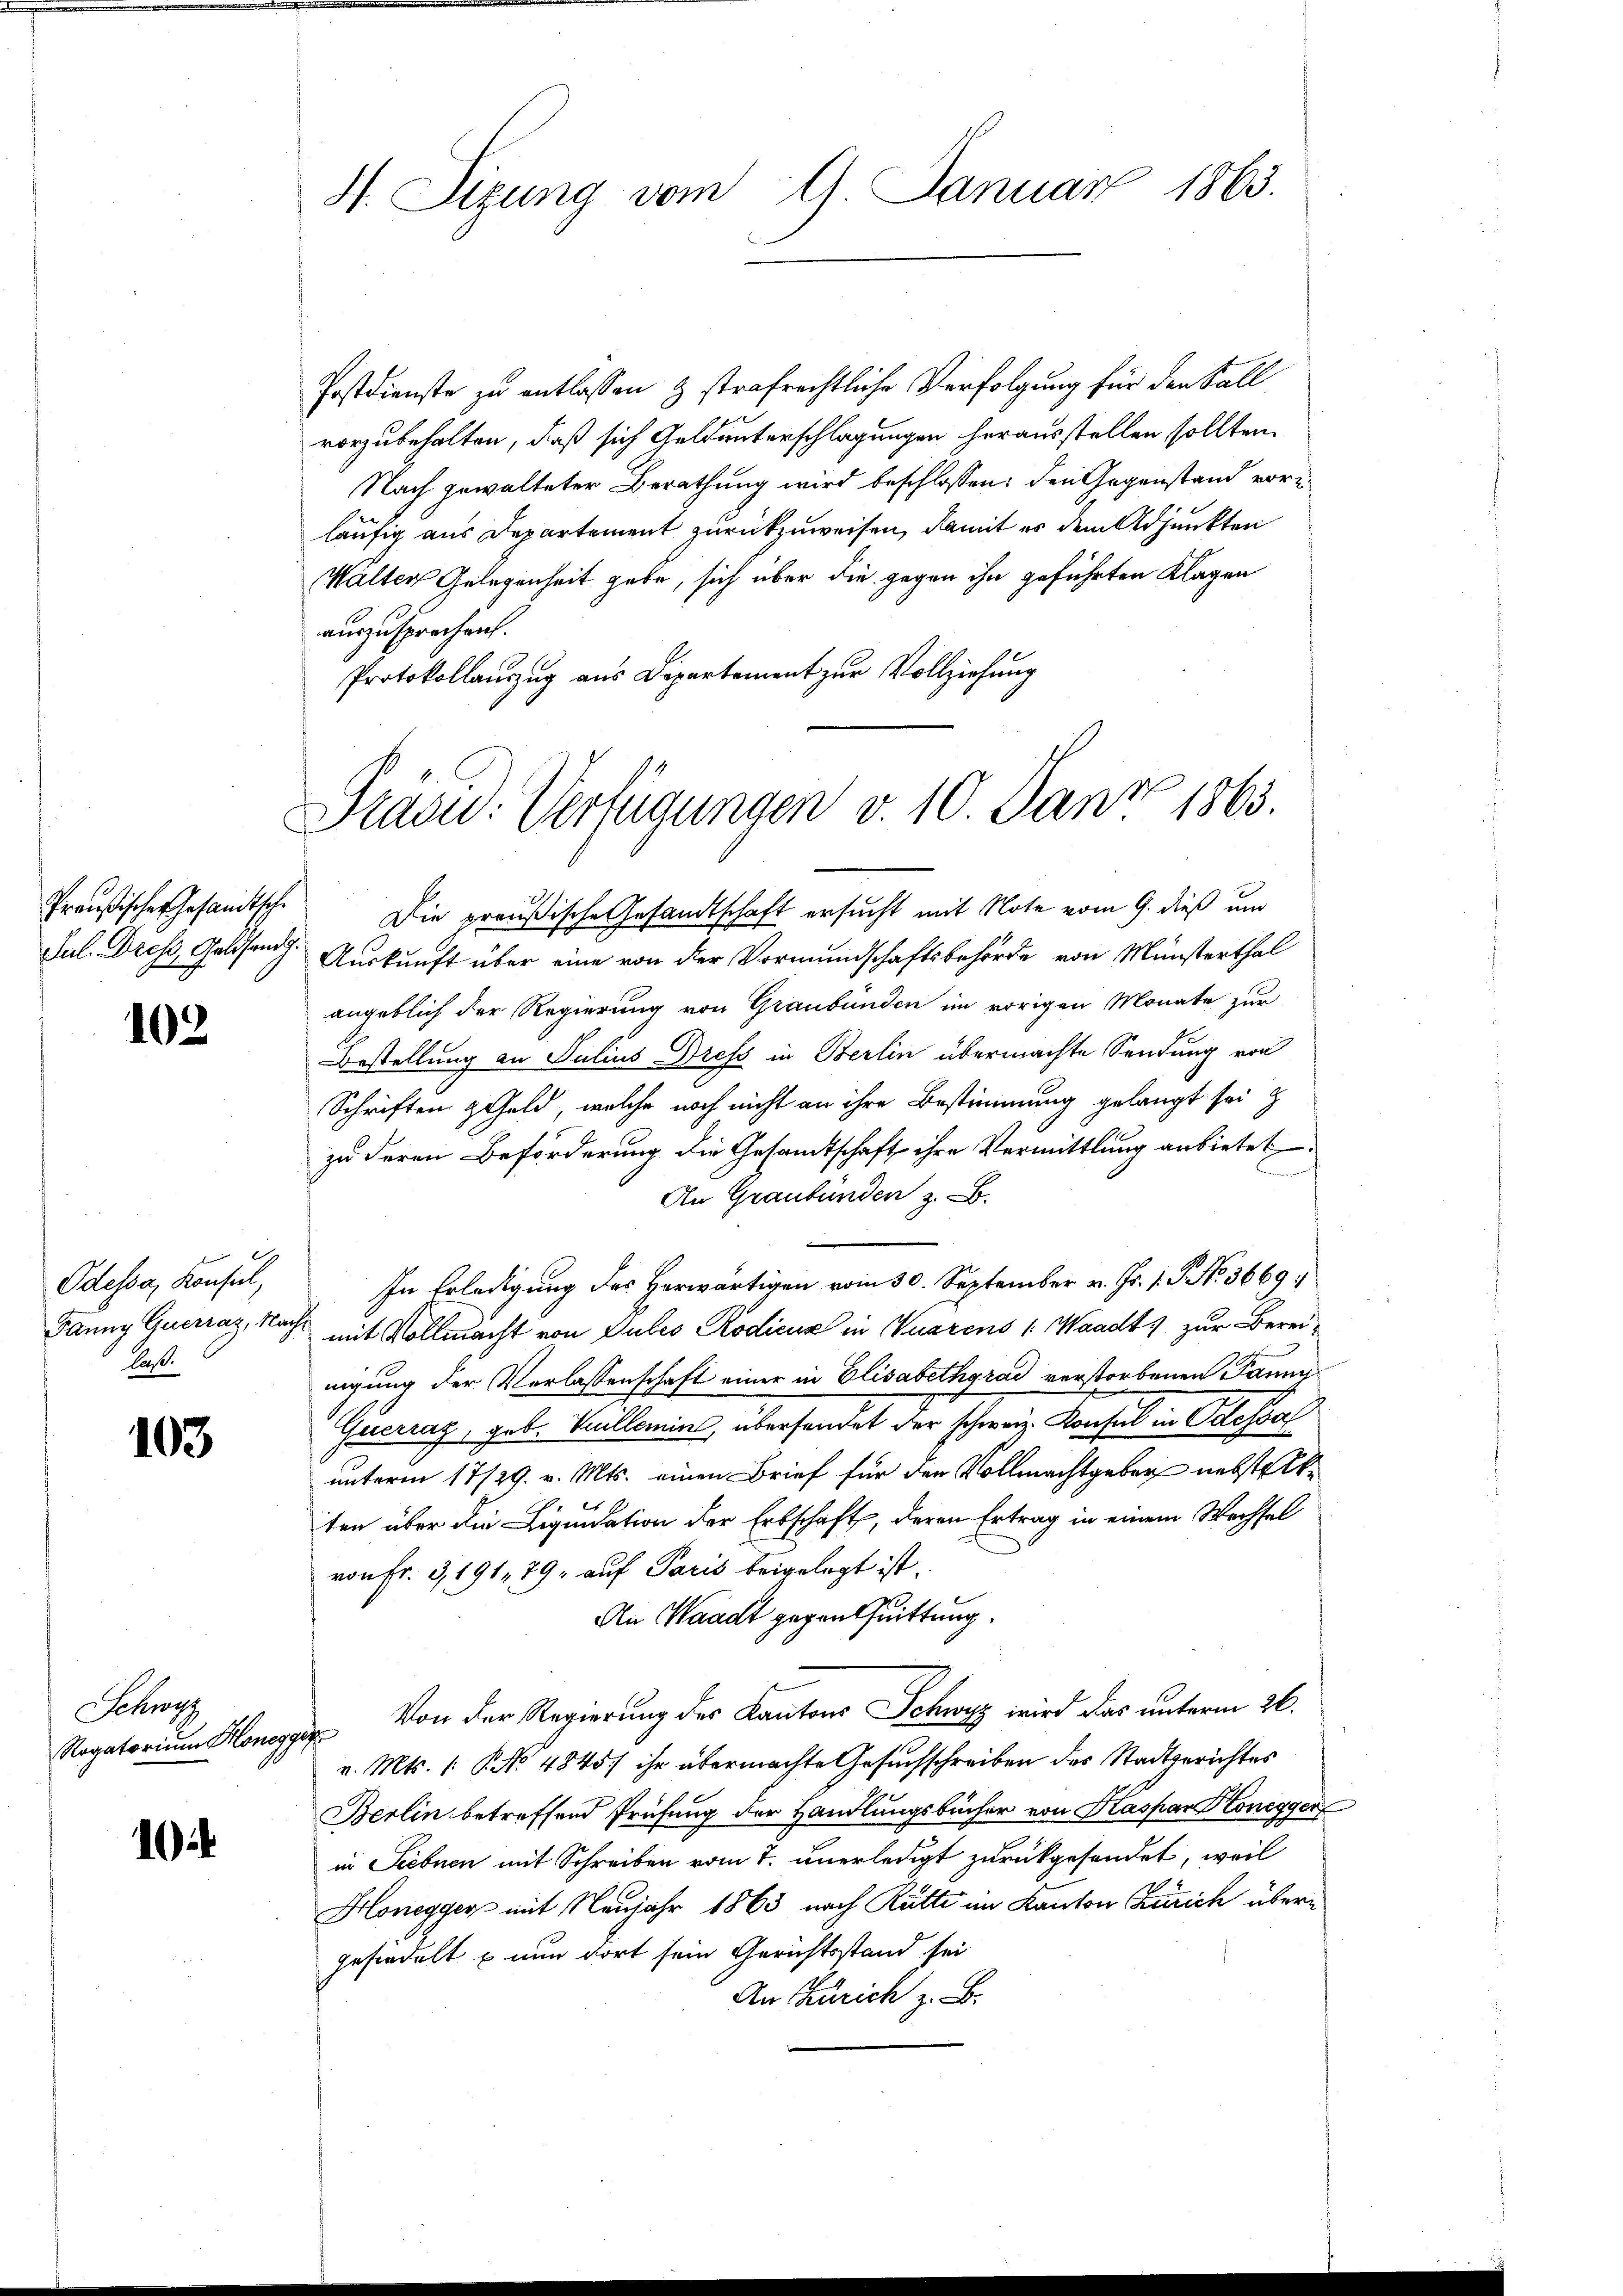
102

Odessa, Konsul,
laß.

103

Schwyz

10

H. Sizung vom 9. Januar 1863.

Postdienste zu entlassen & strafrechtliche Verfolgung für den Fall
vorzubehalten, daß sich Geldunterschlagungen herausstellen sollten.
Nach gewalteter Berathung wird beschlossen: den Gegenstand vore
läufig aus Departement zurückzuweisen, damit es dem Adjunkten
Walter Gelegenheit gebe, sich über die gegen ihn geführten Klagen
auszusprechen.
Protokollauszug aus Departement zur Vollziehung
Preußischer Gesandtsche Die preußische Gesandtschaft ersucht mit Note vom 9. dieß und
Jul. Dress, Geldsend. Auskunft über eine von der Vormundschaftsbehörde von Münsterthal
angeblich der Regierung von Graubünden im vorigen Monate zur
Bestellung an Julius Drefs in Berlin übermachte Sendung von
Schriften Geld, welche noch nicht an ihre Bestimmung gelangt sei z
zu deren Beförderung die Gesamtschaft ihre Vermittlung anbietet
n
An Graubünden z. B.
In Erledigung des Herwärtigen vom 30. September v. Js. 1. P. Nr. 3669
Fanny Guerraz, Nacht mit Vollmacht von Pules Rodicus in Waarens 1. Waadt, zur Bereinigung der Verlassenschaft einer in Elisabethgrad verstorbenen Panne
Guanaz, geb. Villamin, überhandet der schweiz. Konsul in Gestal
unterm 17/29. v. Mts. einen Brief für den Vollmachtgeber nebstellten über die Liquidation der Erbschaft, deren Ertrag in einem Wechsel
von Fr. 3, 191, 79, auf Paris beigelegt ist.
An Waadt gegen Quittung.
Rogatoriŭm Honegg von der Regierŭng des Kantons Schwyz wird das unterm 26.
v. Mts. 1. P. No 4845) ihr übermachte Gesuchschreiben des Stadtgerichtes
BBerlin betreffend Prüfung der Handlungsbücher von Kaspar Honegger
in Siebnen mit Schreiben vom 7. unerledigt zurückgesendet, weil
Honegger mit Neujahr 1863 nach Rütte im Kanton Zürich übergesiedelt – nun dort sein Gerichtsstand sei
An Zürich z. B.

Pradu. Verfügungen v. 10. Janz 1863.